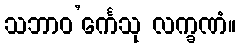
သဘာဝ’င်္ကေသု လက္ခဏံ။